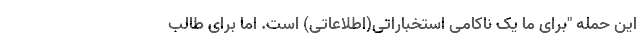
این حمله "برای ما یک ناکامی استخباراتی(اطلاعاتی) است. اما برای طالب